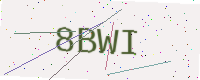
Text: 8BWI